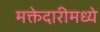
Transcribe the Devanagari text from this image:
मक्तेदारीमध्ये